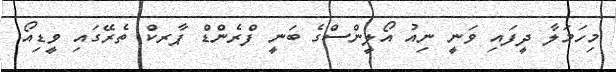
މިހަމަލާ ދީފައި ވަނީ ނިއު އޯލީންސްގެ ބަނީ ފްރެންޑް ޕާރކް ތެރޭގައި ވީޑިއޯ